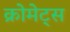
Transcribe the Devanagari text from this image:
क्रोमेट्स